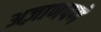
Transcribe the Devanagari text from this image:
अज़ाणपणे